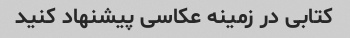
کتابی در زمینه عکاسی پیشنهاد کنید